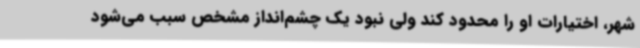
شهر، اختیارات او را محدود کند ولی نبود یک چشم‌انداز مشخص سبب می‌شود